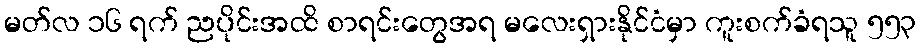
မတ်လ ၁၆ ရက် ညပိုင်းအထိ စာရင်းတွေအရ မလေးရှားနိုင်ငံမှာ ကူးစက်ခံရသူ ၅၅၃